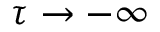
\tau \rightarrow - \infty